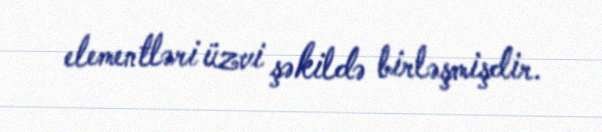
elementləri üzvi şəkildə birləşmişdir.